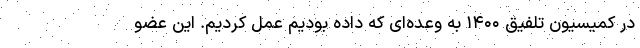
در کمیسیون تلفیق ۱۴۰۰ به وعده‌ای که داده بودیم عمل کردیم. این عضو